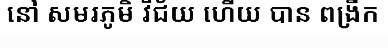
នៅ សមរភូមិ វិជ័យ ហើយ បាន ពង្រីក